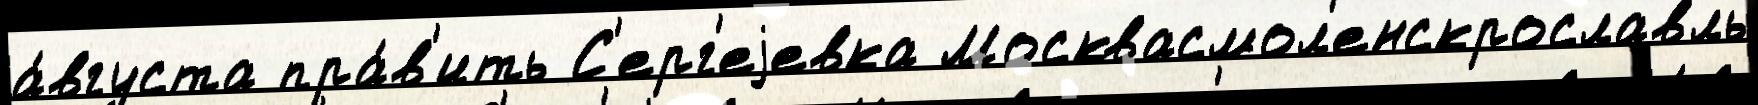
а́вгуста пра́в'ить С'ерг'еjевка Москвасмол'енскрославль